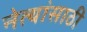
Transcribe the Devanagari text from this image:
नेत्यांसाठी